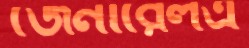
জেনারেলএ